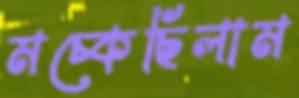
মচ্‌কেছিলাম